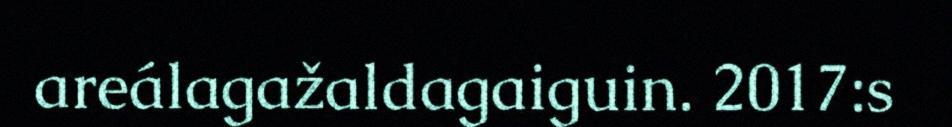
areálagažaldagaiguin. 2017:s